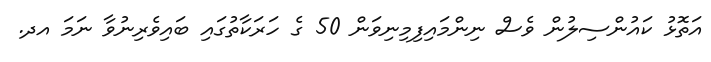
އަތޮޅު ކައުންސިލުން ވެސް ނިންމައިފިމިނިވަން 50 ގެ ހަރަކާތުގައި ބައިވެރިނުވާ ނަމަ އދ.